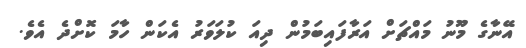
އޭނާގެ މޫނު މައްޗަށް އަރާފައިބަމުން ދިއަ ކުލަވަރު އެކަން ހާމަ ކޮށްދެ އެވެ.